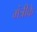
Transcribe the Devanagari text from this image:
मंत्रीके